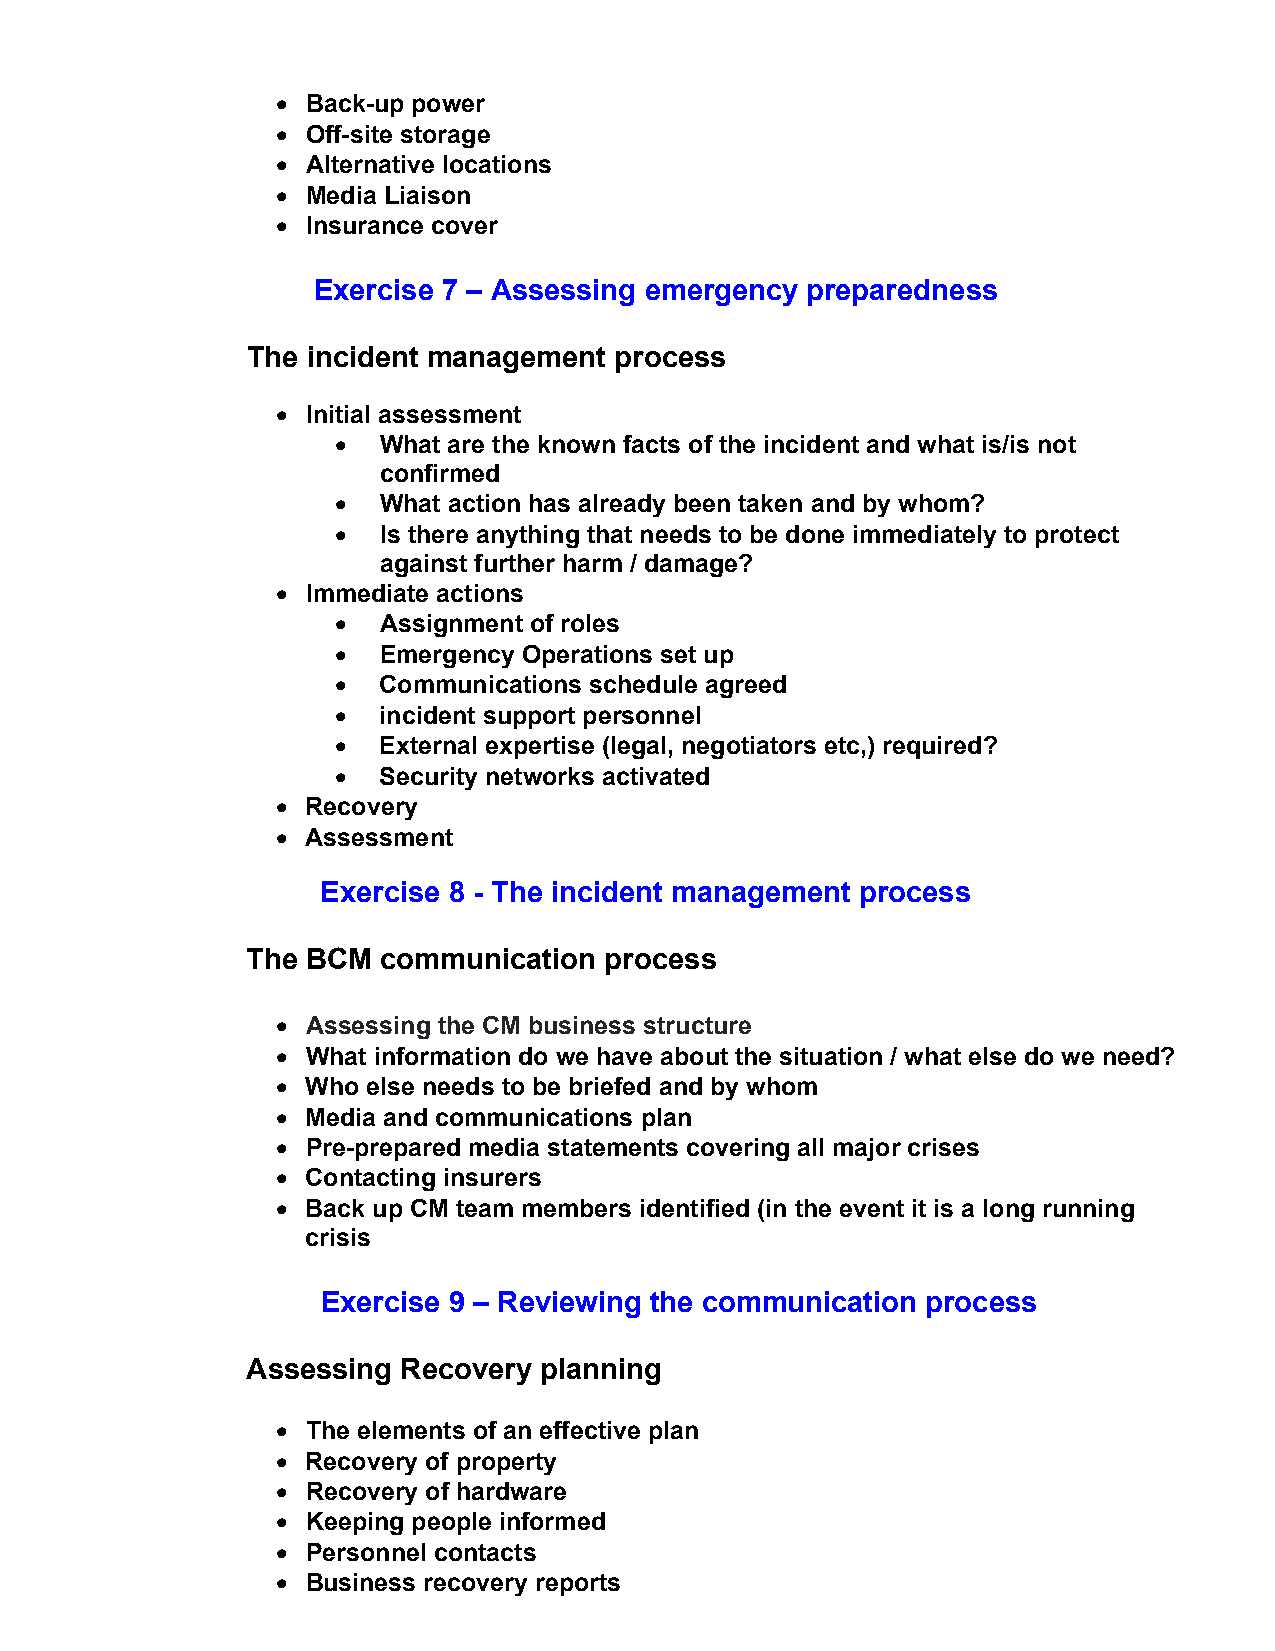
• Back-up power
 • Off-site storage
 • Alternative locations
 • Media Liaison
 • Insurance cover
 Exercise 7 – Assessing emergency preparedness
 The incident management  process
 • Initial assessment
 •  What are the known facts of the incident and what is/is not
 confirmed
 •  What action has already been taken and by whom?
 •  Is there anything that needs to be done immediately to protect
 against further harm / damage?
 • Immediate actions
 •  Assignment of roles
 •  Emergency Operations set up
 •  Communications schedule agreed
 •  incident support personnel
 •  External expertise (legal, negotiators etc,) required?
 •  Security networks activated
 • Recovery
 • Assessment
 Exercise 8 - The incident management process
 The BCM  communication  process
 • Assessing the CM business structure
 • What information do we have about the situation / what else do we need?
 • Who else needs to be briefed and by whom
 • Media and communications plan
 • Pre-prepared media statements covering all major crises
 • Contacting insurers
 • Back up CM team members identified (in the event it is a long running
 crisis
 Exercise 9 – Reviewing the communication process
 Assessing  Recovery planning
 • The elements of an effective plan
 • Recovery of property
 • Recovery of hardware
 • Keeping people informed
 • Personnel contacts
 • Business recovery reports